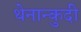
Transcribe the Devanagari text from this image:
थेनान्कुदी